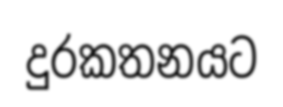
දුරකතනයට